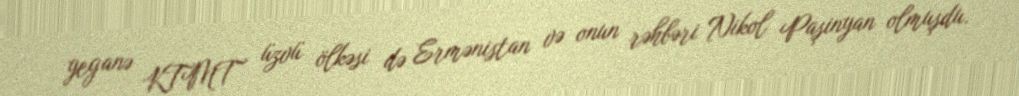
yeganə KTMT üzvü ölkəsi də Ermənistan və onun rəhbəri Nikol Paşinyan olmuşdu.